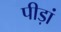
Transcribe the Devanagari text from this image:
पीड़ां